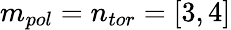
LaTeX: m_{pol}=n_{tor}=[3,4]